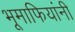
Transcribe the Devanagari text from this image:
भूमाफियांनी